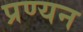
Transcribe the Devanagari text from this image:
प्रण्यन